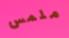
ملمس